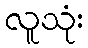
လူသုံး